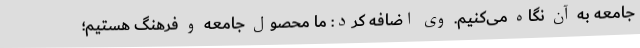
جامعه به آن نگاه می‌کنیم. وی اضافه کرد: ما محصول جامعه و فرهنگ هستیم؛